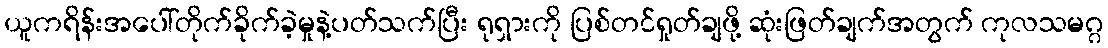
ယူကရိန်းအပေါ်တိုက်ခိုက်ခဲ့မှုနဲ့ပတ်သက်ပြီး ရုရှားကို ပြစ်တင်ရှုတ်ချဖို့ ဆုံးဖြတ်ချက်အတွက် ကုလသမဂ္ဂ